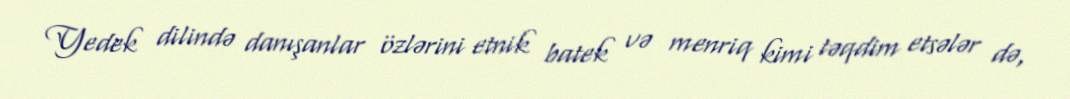
Yedek dilində danışanlar özlərini etnik batek və menriq kimi təqdim etsələr də,